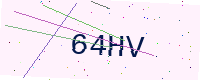
Text: 64HV